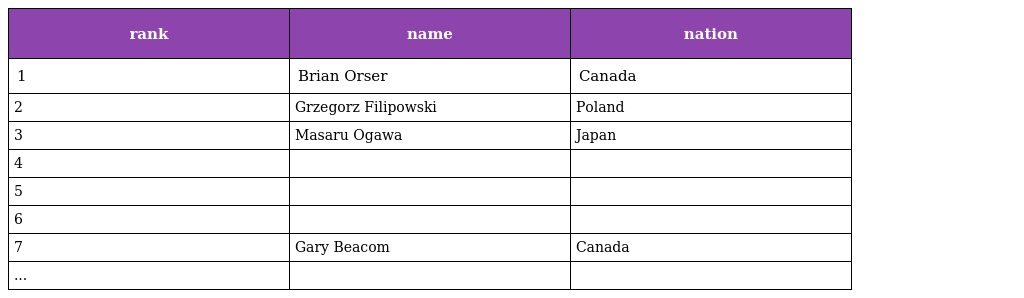
| rank | name | nation |
 | --- | --- | --- |
 | 1 | Brian Orser | Canada |
 | 2 | Grzegorz Filipowski | Poland |
 | 3 | Masaru Ogawa | Japan |
 | 4 |  |  |
 | 5 |  |  |
 | 6 |  |  |
 | 7 | Gary Beacom | Canada |
 | ... |  |  |